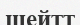
шейтт